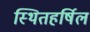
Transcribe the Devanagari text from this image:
स्थितहर्षिल